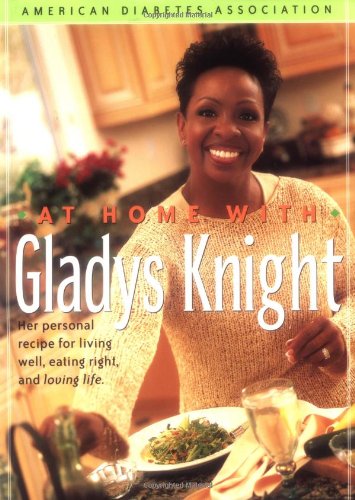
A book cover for At Home With Gladys Knight : Her Personal Recipe for Living Well, Eating Right, and Loving Life; Gladys Knight; Health, Fitness & Dieting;